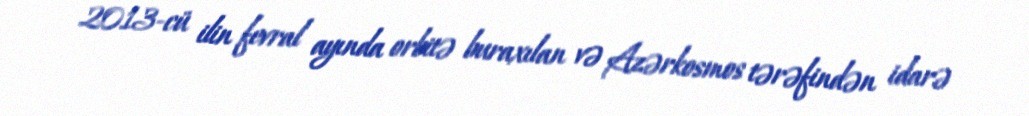
2013-cü ilin fevral ayında orbitə buraxılan və Azərkosmos tərəfindən idarə